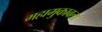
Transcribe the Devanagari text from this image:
महामुकाबला